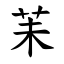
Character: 苿